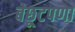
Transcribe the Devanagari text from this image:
बेछूटपणा